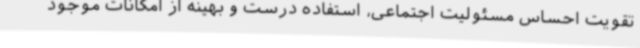
تقویت احساس مسئولیت اجتماعی، استفاده درست و بهینه از امکانات موجود